Madras plague regulations and rules for district municipalities and other towns and villages
Disease focus: Plague
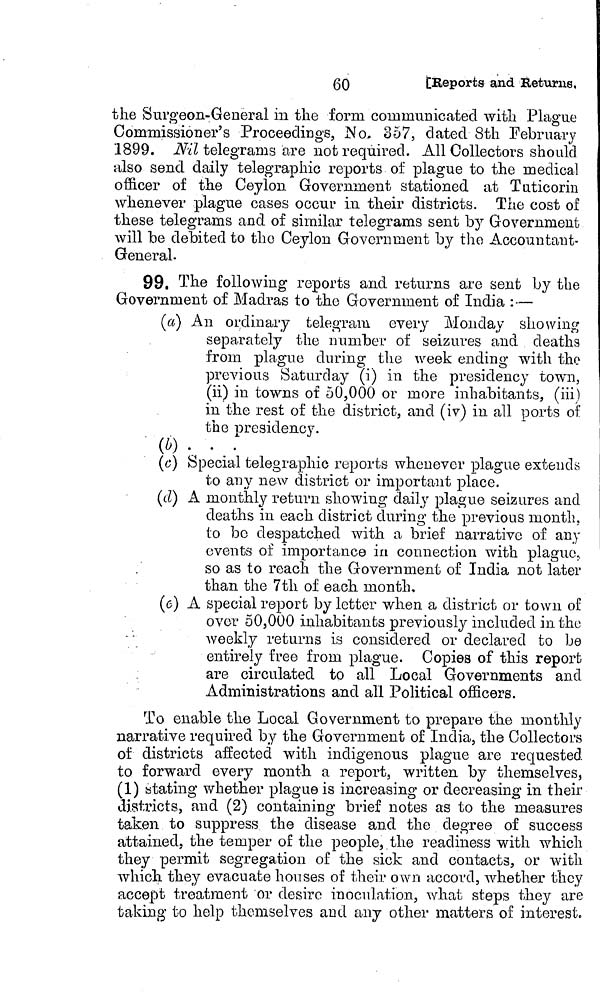
60
[Reports and Returns,
the Surgeon-General in the form communicated with Plague
Commissioner's Proceedings, No, 357, dated 8th February
1899. Nil telegrams are not required. All Collectors should
also send daily telegraphic reports of plague to the medical
officer of the Ceylon Government stationed at Tuticorin
whenever plague cases occur in their districts. The cost of
these telegrams and of similar telegrams sent by Government
will be debited to the Ceylon Government by tho Accountant-
General-
99. The following reports and returns are sent by the
Government of Madras to the Government of India : —
(a) An ordinary telegram every Monday showing
separately the number of seizures and deaths
from plague during the week ending with the
previous Saturday (i) in the presidency town,
(ii) in towns of 50,000 or more inhabitants, (iii)
in the rest of the district, and (iv) in all ports of
the Di-esidency.
(b) . . .
(c) Special telegraphic reports whenever plague extends
to any new district or important place.
(d) A monthly return showing daily plague seizures and
deaths in each district during the previous month,
to bo despatched with a brief narrative of any
events of importance in connection with plague,
so as to reach the Government of India not later
than the 7th of each month.
(e) A special report by letter when a district or town of
over 50,000 inhabitants previously included in the
weekly returns is considered or declared to be
entirely free from plague. Copies of this report
are circulated to all Local Governments and
Administrations and all Political officers.
To enable the Local Government to prepare the monthly
narrative required by the Government of India, the Collectors
of districts affected with indigenous plague are requested
to forward every month a report, written by themselves,
(1) stating whether plague is increasing or decreasing in their
districts, and (2) containing brief notes as to the measures
taken, to suppress the disease and the degree of success
attained, the temper of the people, the readiness with which
they permit segregation of the sick and contacts, or with
which, they evacuate houses of their own accord, whether they
accept treatment or desire inoculation, what steps they are
taking to help themselves and any other matters of interest.